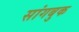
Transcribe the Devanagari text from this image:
सांगबुक